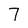
Character: 7